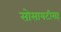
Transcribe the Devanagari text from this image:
सोसायटीसह